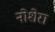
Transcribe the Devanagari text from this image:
नोशेरा